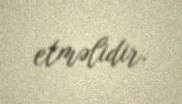
etməlidir.